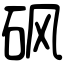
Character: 砜